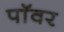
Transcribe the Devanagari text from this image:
पाॅवर